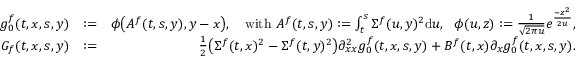
\begin{array} { r l r } { g _ { 0 } ^ { f } ( t , x , s , y ) } & { : = } & { \phi \big ( A ^ { f } ( t , s , y ) , y - x \big ) , \quad \mathrm { w i t h ~ } A ^ { f } ( t , s , y ) : = \int _ { t } ^ { s } \Sigma ^ { f } ( u , y ) ^ { 2 } \mathrm { d } u , ~ ~ \phi ( u , z ) : = \frac { 1 } { \sqrt { 2 \pi u } } e ^ { \frac { - z ^ { 2 } } { 2 u } } , } \\ { G _ { f } ( t , x , s , y ) } & { : = } & { \frac 1 2 \big ( \Sigma ^ { f } ( t , x ) ^ { 2 } - \Sigma ^ { f } ( t , y ) ^ { 2 } \big ) \partial _ { x x } ^ { 2 } g _ { 0 } ^ { f } ( t , x , s , y ) + B ^ { f } ( t , x ) \partial _ { x } g _ { 0 } ^ { f } ( t , x , s , y ) . } \end{array}